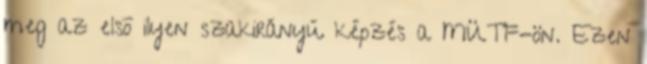
meg az elsõ ilyen szakirányú képzés a MÜTF-ön. Ezen